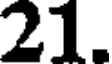
21.